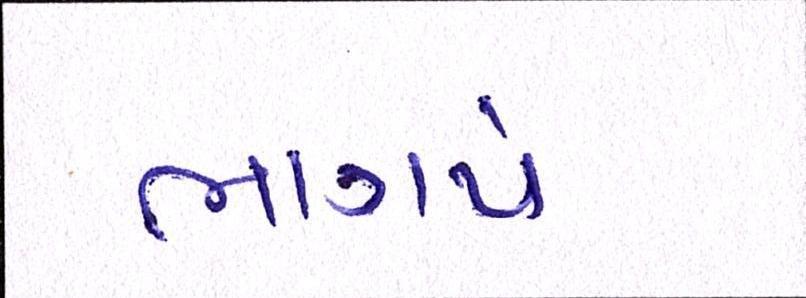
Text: ભાગપે